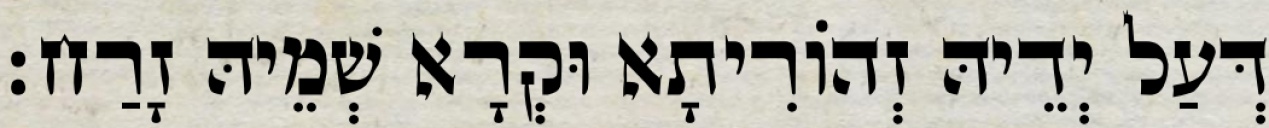
דְּעַל יְדֵיהּ זְהוֹרִיתָא וּקְרָא שְׁמֵיהּ זָרַח׃